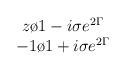
LaTeX: \begin{align*}\begin{array}{c} {z\o{1 - i\sigma e^{2 \Gamma}}}\\{-1 \o{1 + i\sigma e^{2 \Gamma}}}\end{array}\end{align*}